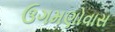
ઉગમણોવાસ